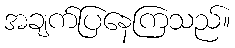
အချက်ပြနေကြသည်။